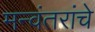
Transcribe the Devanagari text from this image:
मन्वंतरांचे